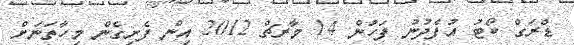
ޑްރަގް ކޯޓު އުފެދުނު ފަހުން 14 މާރޗް 2012 އިން ފެށިގެން މިހާތަނަށް